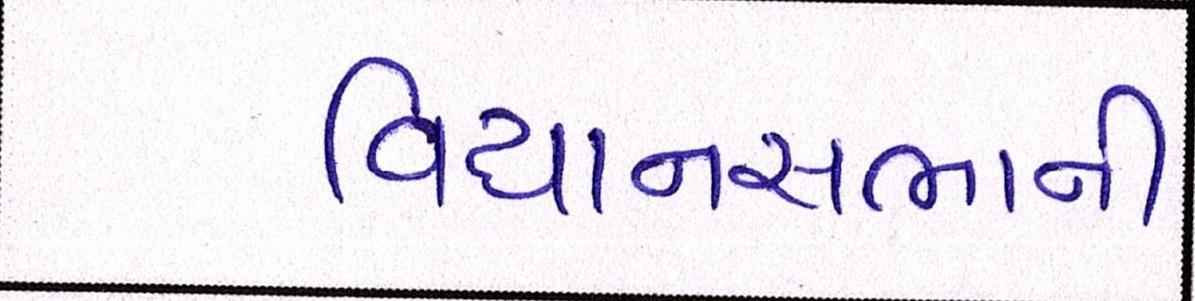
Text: વિધાનસભાની